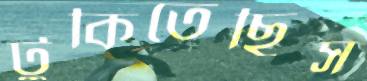
টুকিতেছিস